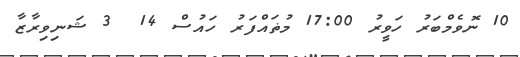
10 ނޮވެމްބަރު ހަވީރު 17:00 މުޡައްފަރު ހައުސް 14  3 ޝަނިވިރާޒާ